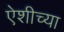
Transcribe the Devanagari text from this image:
ऐशीच्या